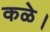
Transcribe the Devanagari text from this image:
कळे।